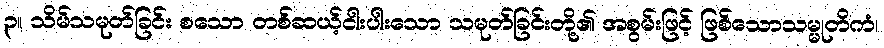
၃။ သိမ်သမုတ်ခြင်း စသော တစ်ဆယ့်ငါးပါးသော သမုတ်ခြင်းတို့၏ အစွမ်းဖြင့် ဖြစ်သောသမ္မုတိကံ၊